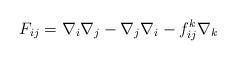
LaTeX: \begin{align*} F_{ij}=\nabla_i\nabla_j-\nabla_j\nabla_i -f_{ij}^k\nabla_k\end{align*}